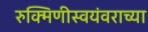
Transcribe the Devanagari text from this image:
रुक्मिणीस्वयंवराच्या